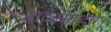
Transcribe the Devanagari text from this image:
नाट्यसंपदेचे